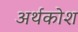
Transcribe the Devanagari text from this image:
अर्थकोश